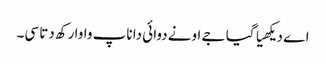
اے دیکھیا گیا جے اونے دوائی دا ناپ واوا رکھ دتا سی۔